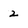
Character: 2